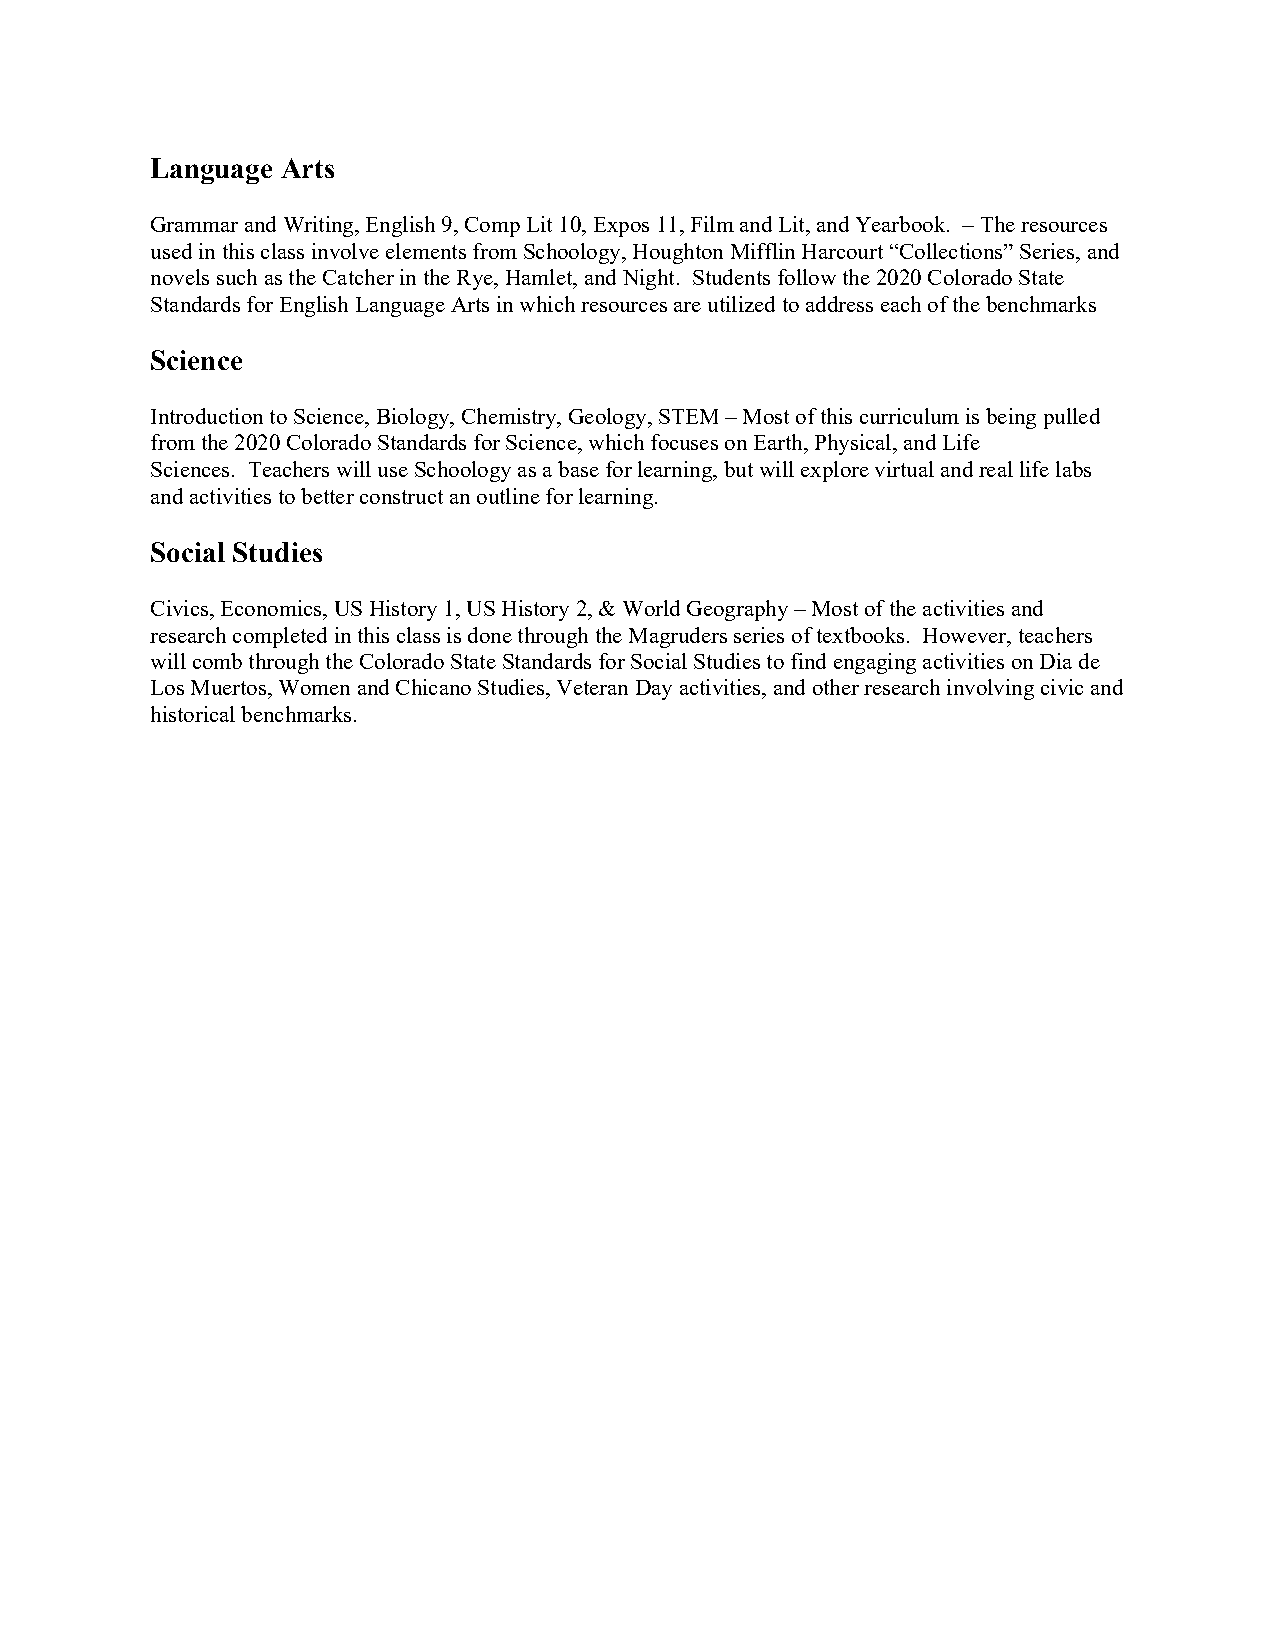
Language Arts
 Grammar and Writing, English 9, Comp Lit 10, Expos 11, Film and Lit, and Yearbook. – The resources
 used in this class involve elements from Schoology, Houghton Mifflin Harcourt “Collections” Series, and
 novels such as the Catcher in the Rye, Hamlet, and Night. Students follow the 2020 Colorado State
 Standards for English Language Arts in which resources are utilized to address each of the benchmarks
 Science
 Introduction to Science, Biology, Chemistry, Geology, STEM – Most of this curriculum is being pulled
 from the 2020 Colorado Standards for Science, which focuses on Earth, Physical, and Life
 Sciences. Teachers will use Schoology as a base for learning, but will explore virtual and real life labs
 and activities to better construct an outline for learning.
 Social Studies
 Civics, Economics, US History 1, US History 2, & World Geography – Most of the activities and
 research completed in this class is done through the Magruders series of textbooks. However, teachers
 will comb through the Colorado State Standards for Social Studies to find engaging activities on Dia de
 Los Muertos, Women and Chicano Studies, Veteran Day activities, and other research involving civic and
 historical benchmarks.